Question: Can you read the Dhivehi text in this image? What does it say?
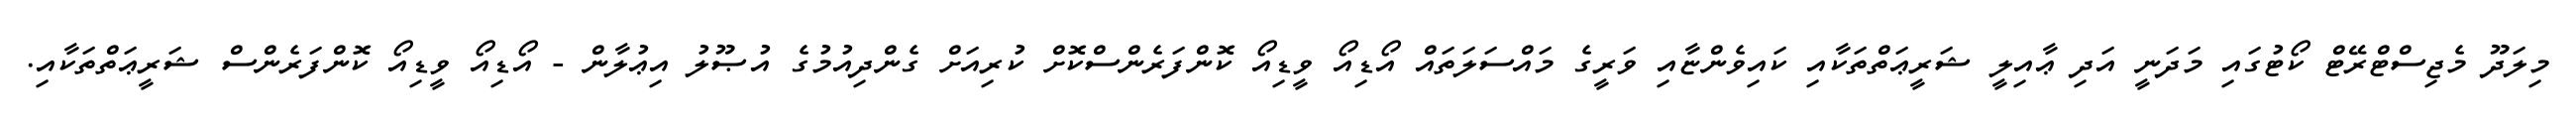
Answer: މިލަދޫ މެޖިސްޓްރޭޓް ކޯޓުގައި މަދަނީ އަދި ޢާއިލީ ޝަރީޢަތްތަކާއި ކައިވެންޏާއި ވަރީގެ މައްސަލަތައް އޯޑިއޯ ވީޑިއޯ ކޮންފަރެންސްކޮށް ކުރިއަށް ގެންދިއުމުގެ އުޞޫލު އިޢުލާން - އޯޑިއޯ ވީޑިއޯ ކޮންފަރެންސް ޝަރީޢަތްތަކާއި.